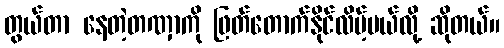
တွယ်တာ နေတဲ့တဏှာကို ဖြတ်တောက်နိုင်လိမ့်မယ်လို့ ဆိုတယ်။